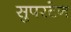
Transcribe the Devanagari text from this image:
सुपरटेन